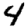
Digit: 4